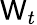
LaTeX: \mathsf{W}_{t}